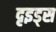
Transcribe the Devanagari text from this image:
दृइड्स